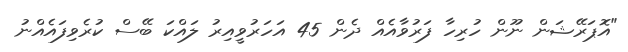
"އޮޕަރޭޝަން ނޫން ހުރިހާ ފަރުވާއެއް ދެން 45 އަހަރުވީއިރު ލައްކަ ބޭސް ކުރެވިފައެއްނު